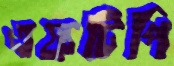
এফটিপি